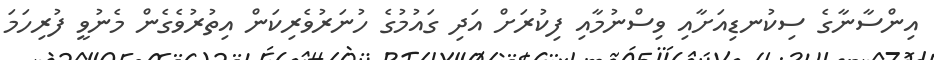
އިންސާނާގެ ސިކުނޑިއަށާއި ވިސްނުމާއި ފިކުރަށް އަދި ގައުމުގެ ހުނަރުވެރިކަން އިތުރުވެގެން މެނުވީ ފުރިހަމަ